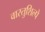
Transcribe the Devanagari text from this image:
वास्तुशिल्पे